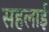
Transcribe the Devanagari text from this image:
सहलाई